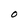
Character: O